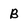
Character: B